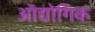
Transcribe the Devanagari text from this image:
ऑद्योगिक